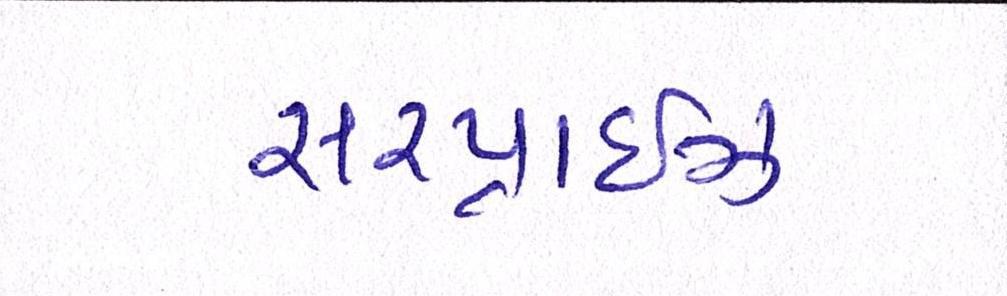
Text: સરપ્રાઇઝ